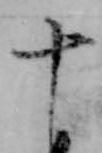
十